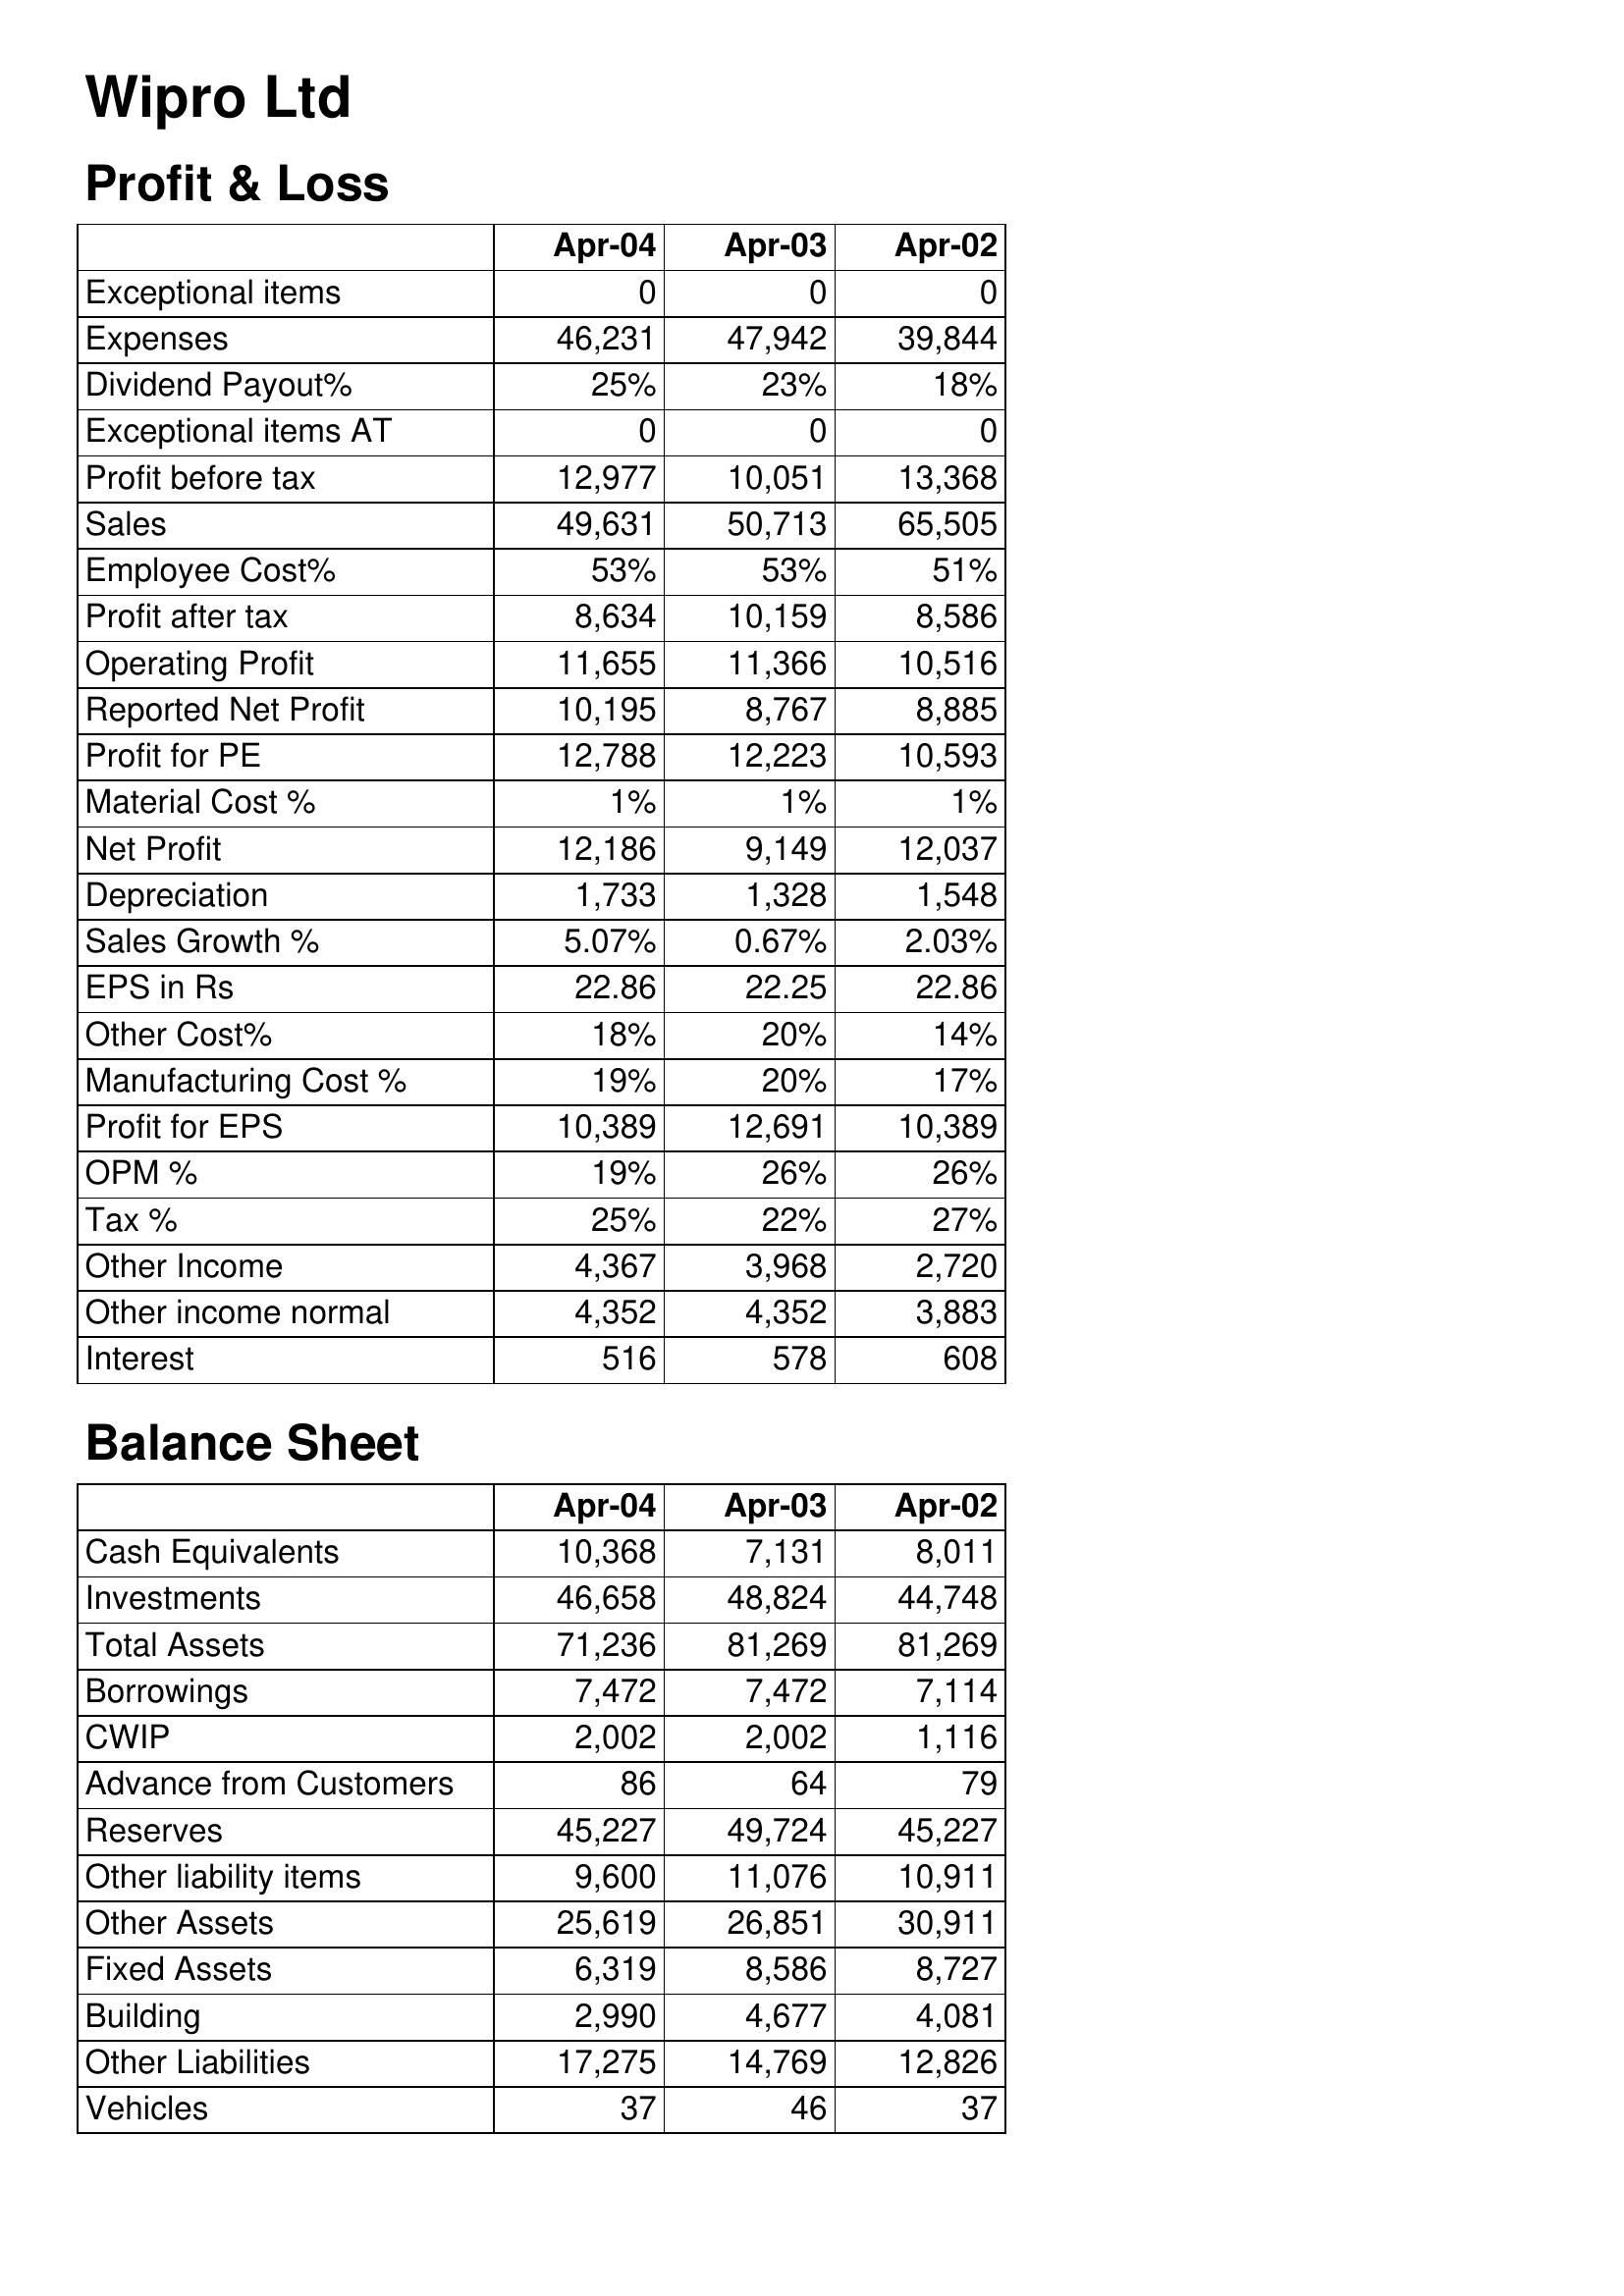
Apr-04: Profit & Loss: Exceptional items: 0
Expenses: 46,231
Dividend Payout%: 25%
Exceptional items AT: 0
Profit before tax: 12,977
Sales: 49,631
Employee Cost%: 53%
Profit after tax: 8,634
Operating Profit: 11,655
Reported Net Profit: 10,195
Profit for PE: 12,788
Material Cost %: 1%
Net Profit: 12,186
Depreciation: 1,733
Sales Growth %: 5.07%
EPS in Rs: 22.86
Other Cost%: 18%
Manufacturing Cost %: 19%
Profit for EPS: 10,389
OPM %: 19%
Tax %: 25%
Other Income: 4,367
Other income normal: 4,352
Interest: 516
Balance Sheet: Cash Equivalents: 10,368
Investments: 46,658
Total Assets: 71,236
Borrowings: 7,472
CWIP: 2,002
Advance from Customers: 86
Reserves: 45,227
Other liability items: 9,600
Other Assets: 25,619
Fixed Assets: 6,319
Building: 2,990
Other Liabilities: 17,275
Vehicles: 37
Apr-03: Profit & Loss: Exceptional items: 0
Expenses: 47,942
Dividend Payout%: 23%
Exceptional items AT: 0
Profit before tax: 10,051
Sales: 50,713
Employee Cost%: 53%
Profit after tax: 10,159
Operating Profit: 11,366
Reported Net Profit: 8,767
Profit for PE: 12,223
Material Cost %: 1%
Net Profit: 9,149
Depreciation: 1,328
Sales Growth %: 0.67%
EPS in Rs: 22.25
Other Cost%: 20%
Manufacturing Cost %: 20%
Profit for EPS: 12,691
OPM %: 26%
Tax %: 22%
Other Income: 3,968
Other income normal: 4,352
Interest: 578
Balance Sheet: Cash Equivalents: 7,131
Investments: 48,824
Total Assets: 81,269
Borrowings: 7,472
CWIP: 2,002
Advance from Customers: 64
Reserves: 49,724
Other liability items: 11,076
Other Assets: 26,851
Fixed Assets: 8,586
Building: 4,677
Other Liabilities: 14,769
Vehicles: 46
Apr-02: Profit & Loss: Exceptional items: 0
Expenses: 39,844
Dividend Payout%: 18%
Exceptional items AT: 0
Profit before tax: 13,368
Sales: 65,505
Employee Cost%: 51%
Profit after tax: 8,586
Operating Profit: 10,516
Reported Net Profit: 8,885
Profit for PE: 10,593
Material Cost %: 1%
Net Profit: 12,037
Depreciation: 1,548
Sales Growth %: 2.03%
EPS in Rs: 22.86
Other Cost%: 14%
Manufacturing Cost %: 17%
Profit for EPS: 10,389
OPM %: 26%
Tax %: 27%
Other Income: 2,720
Other income normal: 3,883
Interest: 608
Balance Sheet: Cash Equivalents: 8,011
Investments: 44,748
Total Assets: 81,269
Borrowings: 7,114
CWIP: 1,116
Advance from Customers: 79
Reserves: 45,227
Other liability items: 10,911
Other Assets: 30,911
Fixed Assets: 8,727
Building: 4,081
Other Liabilities: 12,826
Vehicles: 37